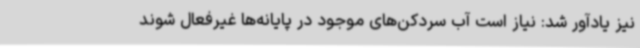
نیز یادآور شد: نیاز است آب سردکن‌های موجود در پایانه‌ها غیرفعال شوند